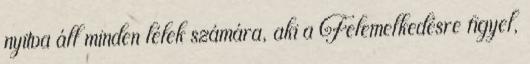
nyitva áll minden lélek számára, aki a Felemelkedésre figyel,